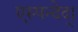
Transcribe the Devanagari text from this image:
एस्पन्देद्।